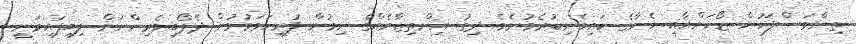
ތިންމަސްފަހުން ޒޯހަންއާއި ހެނާގެ ކައިވެނިކުރެވުނެވެ. ދިގު އިންތިޒާރެއްގެ ނިމުން ފުރިހަމަވުމުން ދެލޯބިވެރިންނަށް ލިބިފައިވަނީ